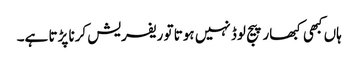
ہاں کبھی کبھار پیج لوڈ نہیں ہوتا تو ریفریش کرنا پڑتا ہے۔